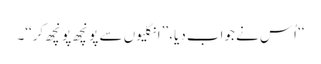
‘‘ اُس نے جواب دیا، ’’انگلیوں سے پونچھ پونچھ کر‘‘۔